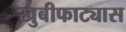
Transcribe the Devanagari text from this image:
खुबीफाट्यास